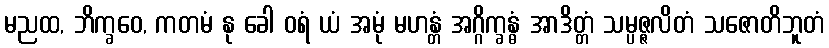
မညထ, ဘိက္ခဝေ, ကတမံ နု ခေါ ဝရံ ယံ အမုံ မဟန္တံ အဂ္ဂိက္ခန္ဓံ အာဒိတ္တံ သမ္ပဇ္ဇလိတံ သဇောတိဘူတံ